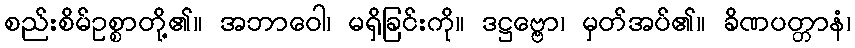
စည်းစိမ်ဥစ္စာတို့၏။ အဘာဝေါ၊ မရှိခြင်းကို။ ဒဋ္ဌဗ္ဗော၊ မှတ်အပ်၏။ ခိဏပတ္တာနံ၊